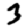
Digit: 3